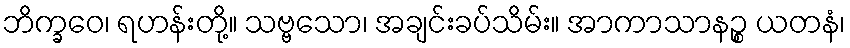
ဘိက္ခဝေ၊ ရဟန်းတို့။ သဗ္ဗသော၊ အချင်းခပ်သိမ်း။ အာကာသာနဉ္စ ယတနံ၊